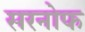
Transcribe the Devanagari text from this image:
सरनोफ